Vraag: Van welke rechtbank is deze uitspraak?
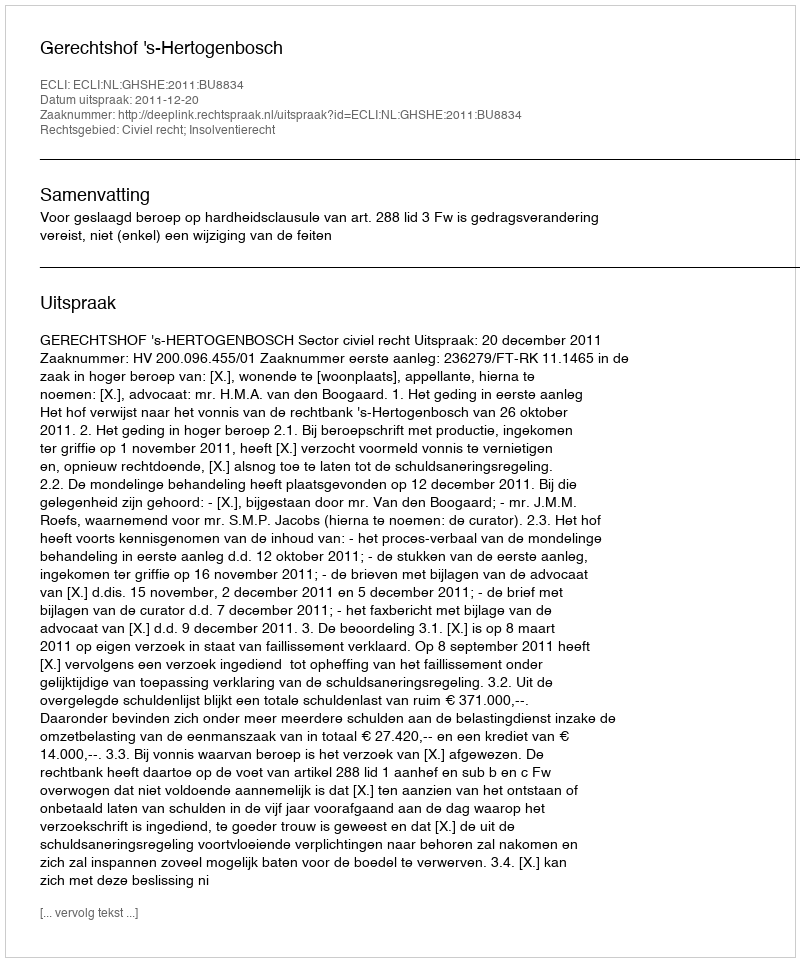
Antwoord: Gerechtshof 's-Hertogenbosch